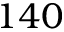
1 4 0